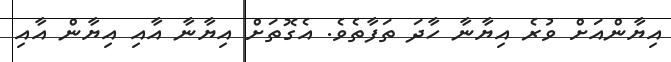
އިޔާންއަށް ވުރެ އިޔާނާ ހާދަ ތަފާތެވެ. އެގޮތަށް އިޔާނާ އާއި އިޔާން އާއި